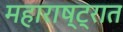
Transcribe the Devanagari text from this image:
महाराष्‍ट्रात